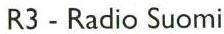
R3-Radio Suomi